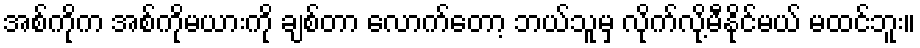
အစ်ကိုက အစ်ကိုမယားကို ချစ်တာ လောက်တော့ ဘယ်သူမှ လိုက်လို့မီနိုင်မယ် မထင်ဘူး။